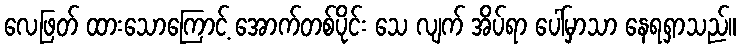
လေဖြတ် ထားသောကြောင့် အောက်တစ်ပိုင်း သေ လျက် အိပ်ရာ ပေါ်မှာသာ နေရရှာသည်။